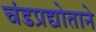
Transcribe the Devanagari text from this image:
चंडप्रद्योताने